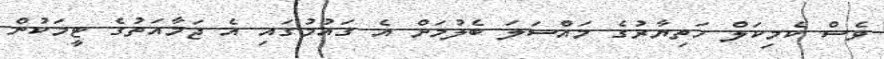
ވެސް ކެމިކަލް ހަތިޔާރުގެ މައްސަލަ ބެލުމަށް އެ ގައުމުގައި އެ ޖަމާއަތުގެ ޓީމަކުން